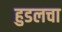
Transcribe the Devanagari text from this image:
हुडलचा